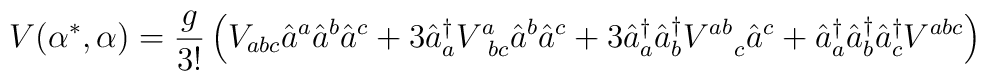
V(\alpha^*,\alpha) = \frac{g}{3!} \left( V_{abc} \hat{a}^a \hat{a}^b\hat{a}^c + 3 \hat{a}^{\dagger}_a V^a_{\; \; bc} \hat{a}^b \hat{a}^c + 3 \hat{a}^{\dagger}_a\hat{a}^{\dagger}_b V^{ab}_{\quad c} \hat{a}^c + \hat{a}^{\dagger}_a \hat{a}^{\dagger}_b \hat{a}^{\dagger}_cV^{abc} \right)